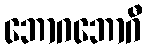
ဘောဂဘောဂီ